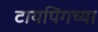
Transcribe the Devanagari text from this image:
टायपिंगच्या